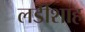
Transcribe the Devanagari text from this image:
लडीशाह